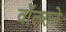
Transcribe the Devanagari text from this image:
वॉल्शने